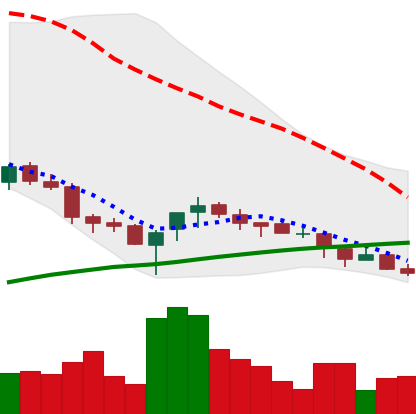
Ticker: NEO-USD
Chart end date: 2018-03-30
Forward return: -5.492%
Label: down_5_7